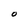
Character: O